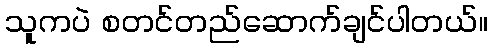
သူကပဲ စတင်တည်ဆောက်ချင်ပါတယ်။